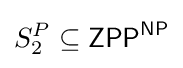
S_{2}^{P}\subseteq {\mathsf {ZPP}}^{\mathsf {NP}}